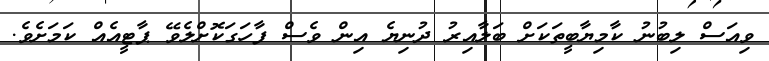
ވިއަސް ލިބުނު ކާމިޔާބީތަކަށް ބަލާއިރު ދުނިޔެ އިން ވެސް ފާހަގަކޮށްލެވޭ ޕާޓީއެއް ކަމަށެވެ.